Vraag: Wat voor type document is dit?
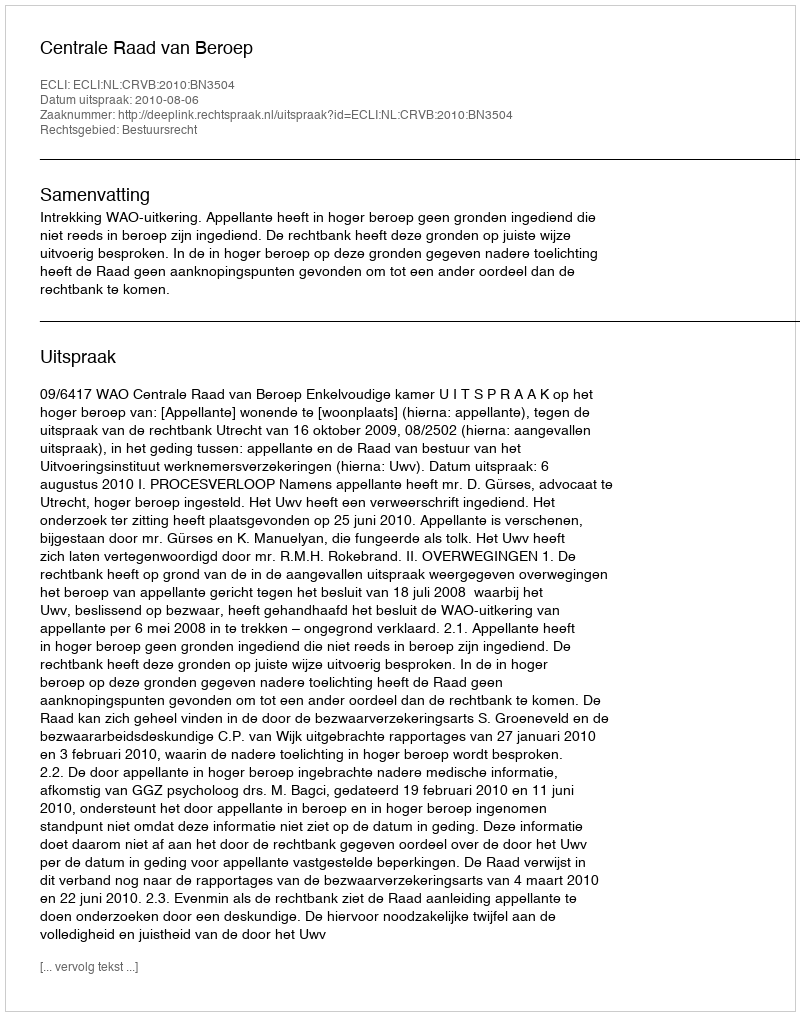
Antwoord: Uitspraak